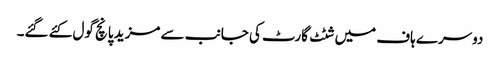
دوسرے ہاف میں شٹٹ گارٹ کی جانب سے مزید پانچ گول کئے گئے۔